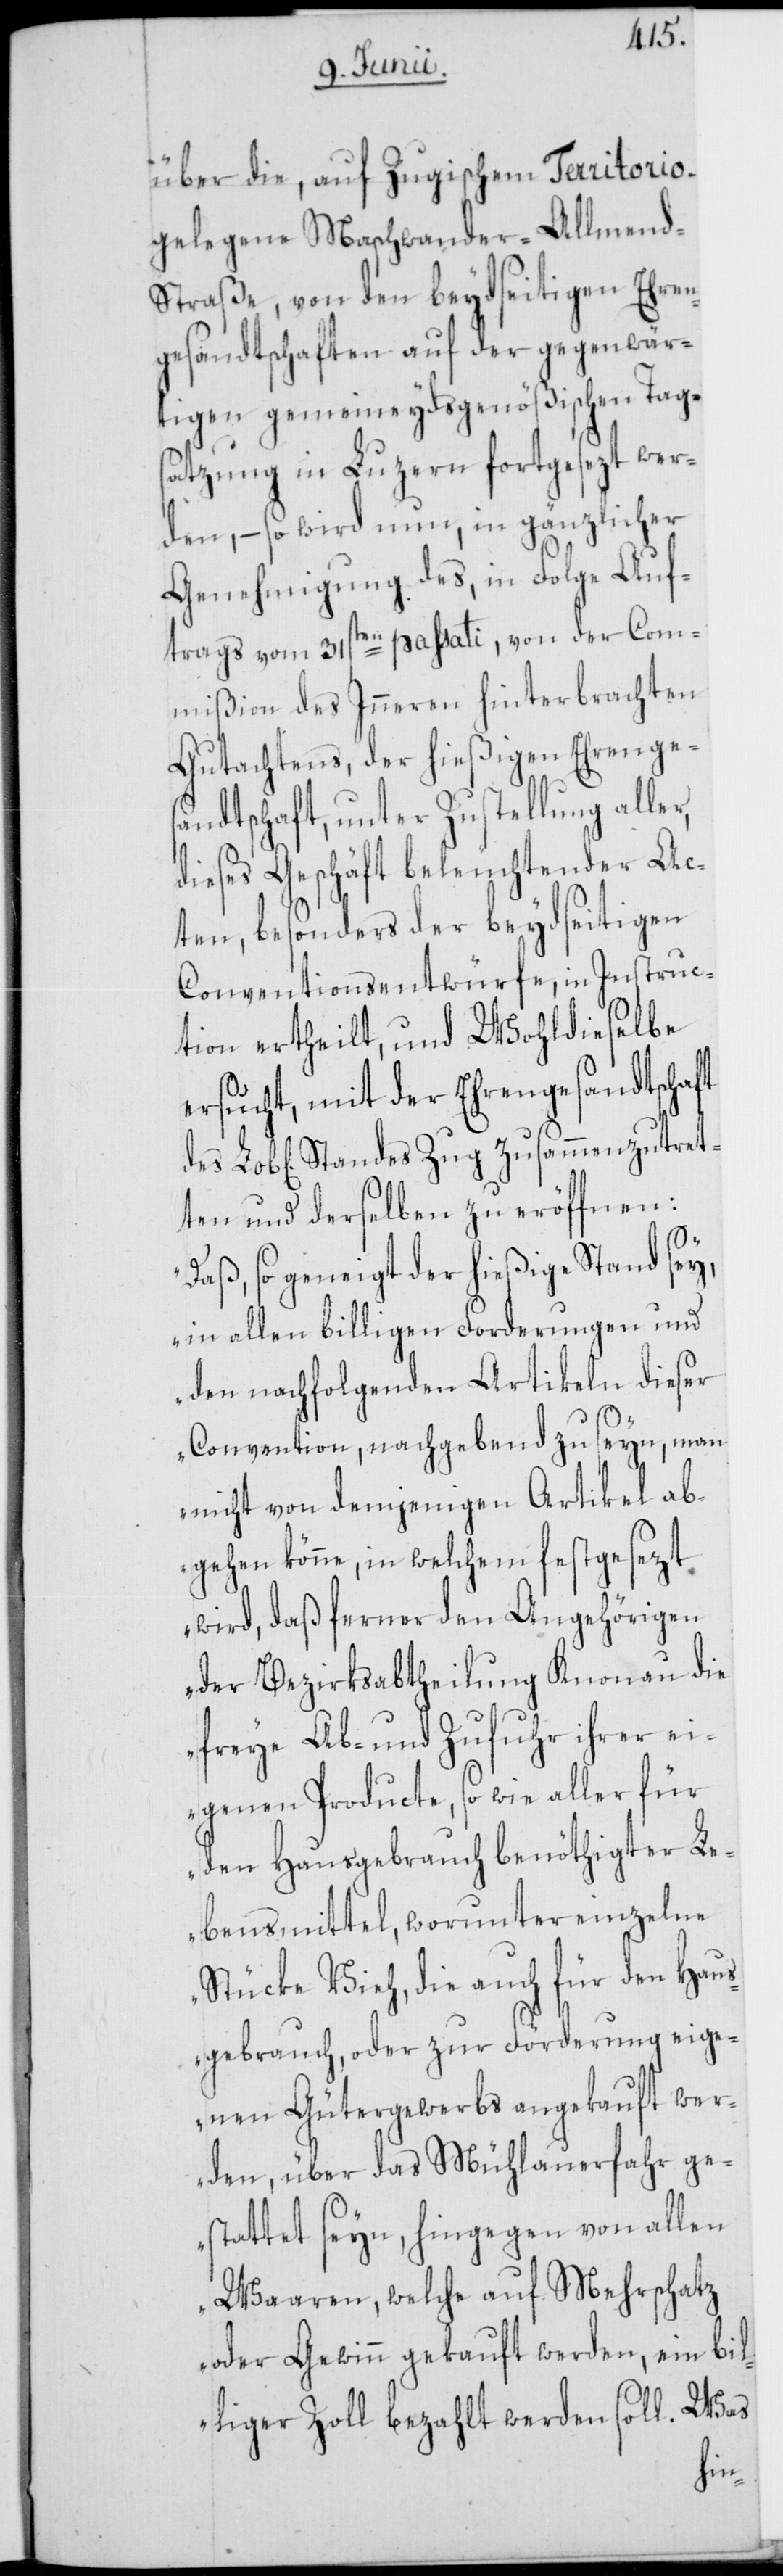
über die, auf Zugischem Territorio
gelegene Maschwander-Allmen¬
d-Straße, von den beydseitigen Ehren¬
gesandtschaften auf der gegenwär¬
tigen gemeineydsgenößischen Tags¬
atzung in Luzern fortgesezt wer¬
den, – so wird nun, in gänzlicher
Genehmigung des, in Folge Auf¬
trags vom 31sten passati, von der Com¬
mißion des Inneren hinterbrachten
Gutachtens, der hießigen Ehrenges¬
andtschaft, unter Zustellung aller,
dieses Geschäft beleuchtender Ac¬
ten, besonders der beydseitigen
Conventionsentwürfe, in Instruc¬
tion ertheilt, und Wohldieselbe
ersucht, mit der Ehrengesandtschaft
und derselben zu eröffnen:
„Daß, so geneigt der hießige Stand sey,
in allen billigen Forderungen und
den nachfolgenden Artikeln dieser
Convention, nachgebend zu seyn, man
nicht von demjenigen Artikel ab¬
gehen könne, in welchem festgesezt
wird, daß ferner den Angehörigen
der Bezirksabtheilung Knonau die
freye Ab- und Zufuhr ihrer ei¬
genen Producte, so wie aller für
den Hausgebrauch benöthigter Le¬
bensmittel, worunter einzelne
Stücke Vieh, die auch für den Haus¬
gebrauch, oder zur Förderung eige¬
nen Gütergewerbs angekauft wer¬
den, über das Mühlauerfahr ge¬
stattet seyn, hingegen von allen
Waaren, welche auf Mehrschatz
oder Gewinn gekauft werden, ein bil¬
liger Zoll bezahlt werden soll. Was
des